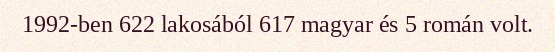
1992-ben 622 lakosából 617 magyar és 5 román volt.